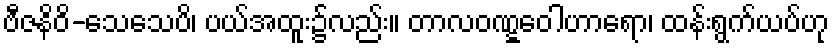
ဗီဇနိဝိ-သေသေပိ၊ ပယ်အထူး၌လည်း။ တာလဝဏ္ဋဝေါဟာရော၊ ထန်းရွက်ယပ်ဟု